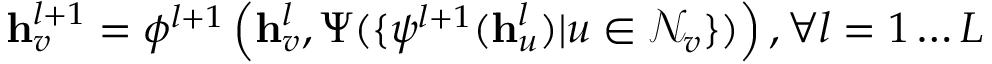
\mathbf h _ { v } ^ { l + 1 } = \phi ^ { l + 1 } \left( \mathbf h _ { v } ^ { l } , \Psi ( \{ \psi ^ { l + 1 } ( \mathbf h _ { u } ^ { l } ) | u \in \mathcal N _ { v } \} ) \right) , \forall l = 1 \dots L